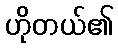
ဟိုတယ်၏